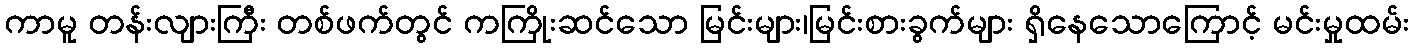
ကာမူ တန်းလျားကြီး တစ်ဖက်တွင် ကကြိုးဆင်သော မြင်းများ၊မြင်းစားခွက်များ ရှိနေသောကြောင့် မင်းမှုထမ်း